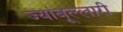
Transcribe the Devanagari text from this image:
ज्यांबूल्लारी